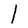
Character: l